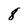
Character: 8